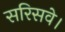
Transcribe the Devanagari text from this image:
सरिसवे।